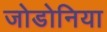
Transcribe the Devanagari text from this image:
जोडोनिया